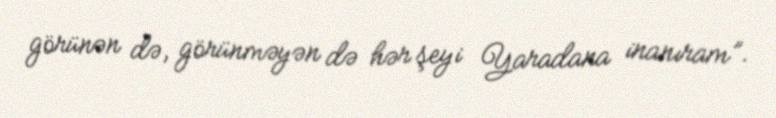
görünən də, görünməyən də hər şeyi Yaradana inanıram”.